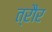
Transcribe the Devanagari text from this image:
त्रौर